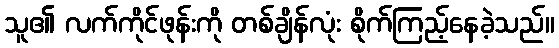
သူ၏ လက်ကိုင်ဖုန်းကို တစ်ချိန်လုံး စိုက်ကြည့်နေခဲ့သည်။